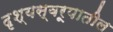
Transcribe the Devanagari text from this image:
दृश्यस्वरूपातील